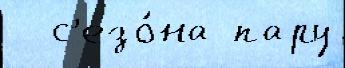
  с'езо́на пару